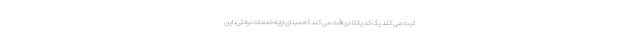
ثبت می کند یک کد یکتا دریافت می کند که مبنای ارایه خدمات دولتی، این